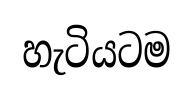
හැටියටම